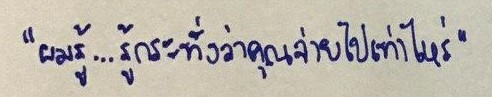
"ผมรู้...รู้กระทั่งว่าคุณจ่ายไปเท่าไหร่..."